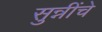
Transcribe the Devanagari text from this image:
सुन्नींचे